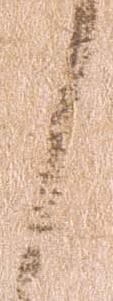
々